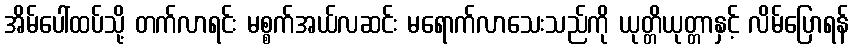
အိမ်ပေါ်ထပ်သို့ တက်လာရင်း မစ္စက်အယ်လဆင်း မရောက်လာသေးသည်ကို ယုတ္တိယုတ္တာနှင့် လိမ်ပြောရန်